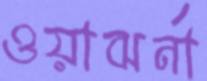
ওয়াঝর্না